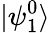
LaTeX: |\psi_{1}^{0}\rangle